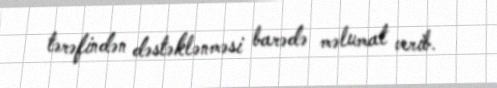
tərəfindən dəstəklənməsi barədə məlumat verib.